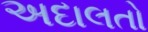
અદાલતો